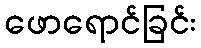
ဖောရောင်ခြင်း